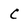
Character: C